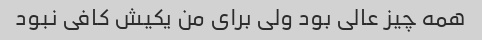
همه چیز عالی بود ولی برای من یکیش کافی نبود